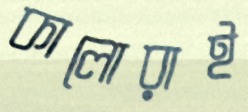
কালোরাই